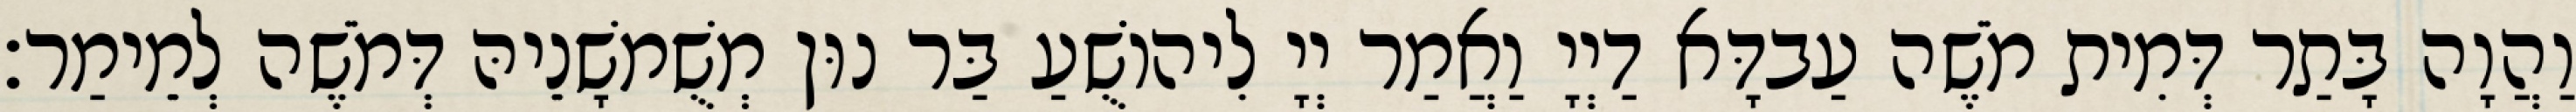
וַהֲוָה בָּתַר דְּמִית מֹשֶׁה עַבדָּא דַיְיָ וַאֲמַר יְיָ לִיהוֹשֻׁעַ בַּר נוּן מְשֻׁמשָׁנֵיהּ דְּמֹשֶׁה לְמֵימַר׃